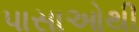
પાસાઓથી